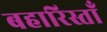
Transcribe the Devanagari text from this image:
बहारिस्ताँ